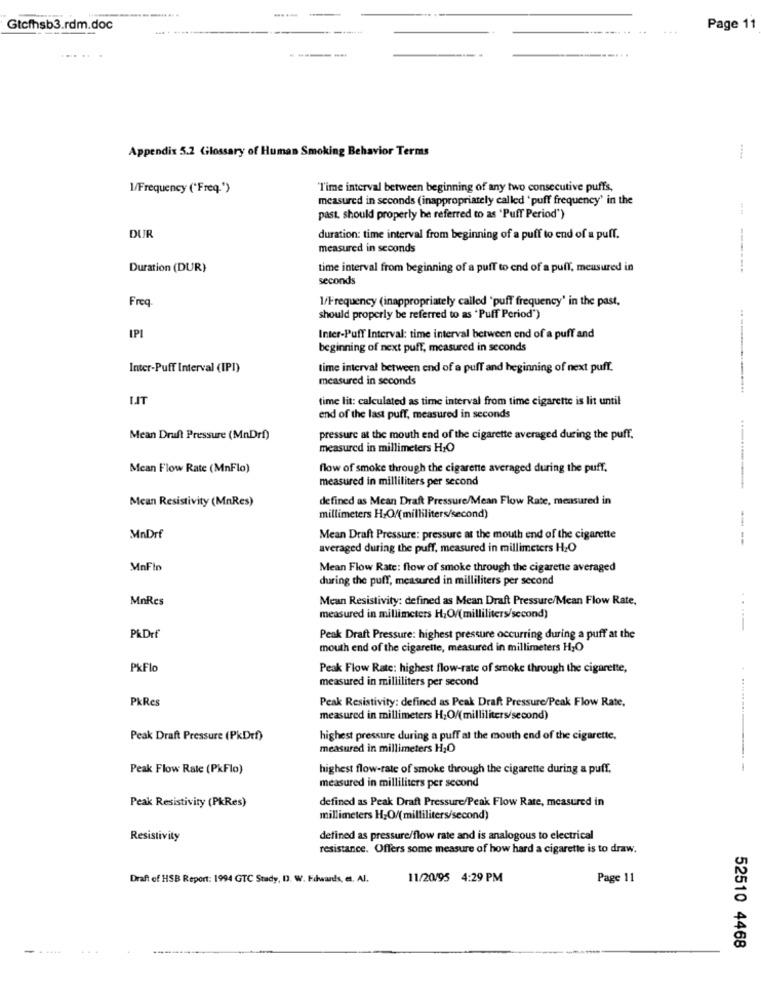
Gtcfhsb3.rdm.doc
.... . .......-----
...
Page 11
Appendix 5.2 Glossary of Human Smoking Behavior Terms
1/Frequency ("Freq.")
"Time interval between beginning of any two consecutive puffs,
measured in seconds (inappropriately called ' puff frequency' in the
past, should properly be referred to as 'Puff Period")
DUR
duration: time interval from beginning of a puff to end of a puff.
measured in seconds
Duration (DUR)
time interval from beginning of a puff to end of a puff, measured in
seconds
Freq
1/Frequency (inappropriately called 'puff frequency' in the past,
should properly be referred to as 'Puff Period")
IPI
Inter-Puff Interval: time interval between end of a puff and
beginning of next puff, measured in seconds
Inter-Puff Interval (IPI)
time interval between end of a puff and beginning of next puff.
measured in seconds
LIT
time lit: calculated as time interval from time cigarette is lit until
end of the last puff, measured in seconds
Mean Druft Pressure (MnDrf)
pressure at the mouth end of the cigarette averaged during the puff.
measured in millimeters HJO
Mean Flow Rate (MnFlo)
flow of smoke through the cigarette averaged during the puff.
measured in milliliters per second
Mean Resistivity (MnRes)
defined as Mean Draft Pressure/Mean Flow Rate, measured in
millimeters H-Of(milliliters/second)
MnDrf
Mean Draft Pressure: pressure at the mouth end of the cigarette
averaged during the puff, measured in millimeters H.O
MnFin
Mean Flow Rate: flow of smoke through the cigarette averaged
during the puff, measured in milliliters per second
MnRes
Mean Resistivity: defined as Mean Draft Pressure/Mean Flow Rate,
measured in millimeters H2O/(milliliters/second)
P&Drf
Peak Draft Pressure: highest pressure occurring during a puff at the
mouth end of the cigarette, measured in millimeters H;O
PKFlo
Peak Flow Rate: highest flow-rate of smoke through the cigarette,
measured in milliliters per second
PkRes
Peak Resistivity: defined as Peak Draft Pressure/Peak Flow Rate.
measured in millimeters H2O/(milliliters/second)
Peak Draft Pressure (PkDrf)
highest pressure during a puff at the mouth end of the cigarette.
measured in millimeters H;O
Peak Flow Rale (PkFlo)
highest flow-rate of smoke through the cigarette during a puff,
measured in milliliters per second
Peak Resistivity (PkRes)
defined as Peak Draft Pressure/Peak Flow Rate, measured in
millimeters H2O/(milliliters/second)
Resistivity
defined as pressure/flow rate and is analogous to electrical
resistance. Offers some measure of how hard a cigarette is to draw.
Draft of HSB Report: 1994 GTC Stady, D. W. Edwards, et. Al.
11/20/95 4:29 PM
Page 11
52510 4468